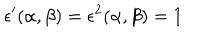
LaTeX: \epsilon ^ { \prime } ( \alpha , \beta ) = \epsilon ^ { 2 } ( \alpha , \beta ) = 1